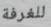
للغرفة